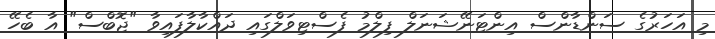
މި އަހަރުގެ ސަންޑާންސް އިންޓަނޭޝަނަލް ފިލްމު ފެސްޓިވަލްގައި ދައްކާލާފައިވާ "ޖޮބްސް" އާ ބެހޭ